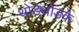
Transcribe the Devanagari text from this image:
थोडेथोडके